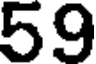
59